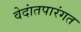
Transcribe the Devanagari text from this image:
वेदांतपारंगत